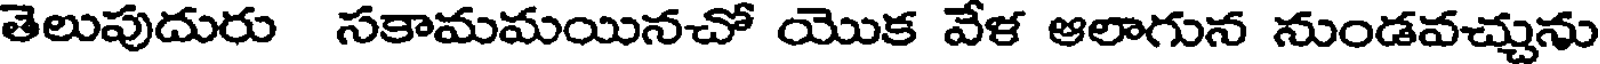
తెలుపుదురు సకామమయినచో యొక వేళ ఆలాగున నుండవచ్చును